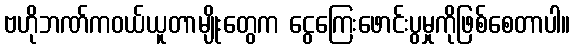
ဗဟိုဘဏ်ကဝယ်ယူတာမျိုးတွေက ငွေကြေးဖောင်းပွမှုကိုဖြစ်စေတာပါ။